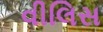
વીલિસ